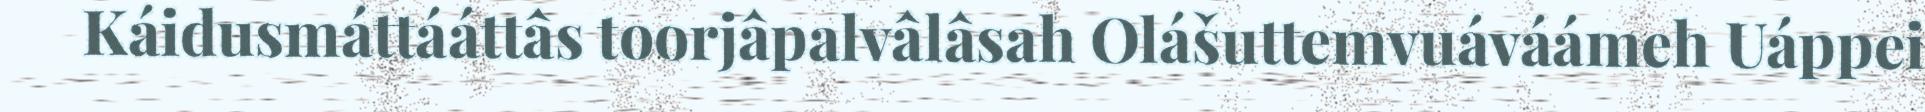
Káidusmáttááttâs toorjâpalvâlâsah Olášuttemvuáváámeh Uáppei